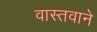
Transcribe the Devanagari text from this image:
वास्तवाने